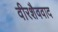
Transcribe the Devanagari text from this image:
वीरशैववाद